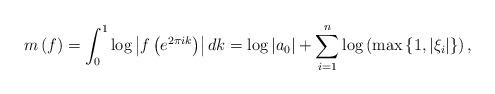
LaTeX: \begin{align*}m\left(f\right)=\int_{0}^{1}\log\left|f\left(e^{2\pi ik}\right)\right|dk=\log\left|a_{0}\right|+\sum_{i=1}^{n}\log\left(\max\left\{ 1,\left|\xi_{i}\right|\right\} \right),\end{align*}